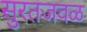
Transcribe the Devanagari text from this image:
सुरतजवळ